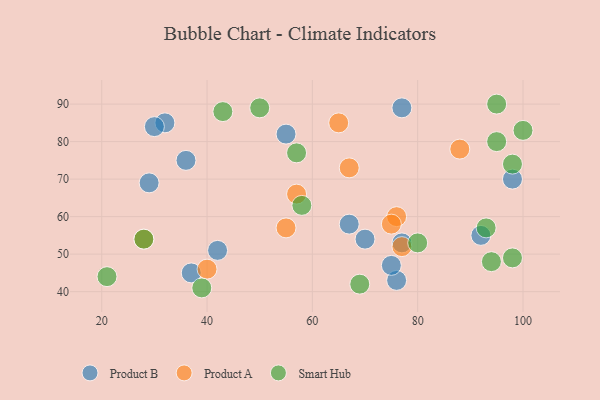
{"axis": {"x": "GDP", "y": "Life Expectancy"}, "legend": ["Product A", "Product B", "Smart Hub"], "data": [{"x": "37", "y": 45, "type": "Product B"}, {"x": "32", "y": 85, "type": "Product B"}, {"x": "67", "y": 58, "type": "Product B"}, {"x": "76", "y": 43, "type": "Product B"}, {"x": "98", "y": 70, "type": "Product B"}, {"x": "92", "y": 55, "type": "Product B"}, {"x": "77", "y": 89, "type": "Product B"}, {"x": "30", "y": 84, "type": "Product B"}, {"x": "75", "y": 47, "type": "Product B"}, {"x": "42", "y": 51, "type": "Product B"}, {"x": "70", "y": 54, "type": "Product B"}, {"x": "29", "y": 69, "type": "Product B"}, {"x": "36", "y": 75, "type": "Product B"}, {"x": "77", "y": 53, "type": "Product B"}, {"x": "55", "y": 82, "type": "Product B"}, {"x": "57", "y": 66, "type": "Product A"}, {"x": "65", "y": 85, "type": "Product A"}, {"x": "76", "y": 60, "type": "Product A"}, {"x": "67", "y": 73, "type": "Product A"}, {"x": "40", "y": 46, "type": "Product A"}, {"x": "55", "y": 57, "type": "Product A"}, {"x": "75", "y": 58, "type": "Product A"}, {"x": "77", "y": 52, "type": "Product A"}, {"x": "88", "y": 78, "type": "Product A"}, {"x": "28", "y": 54, "type": "Product A"}, {"x": "94", "y": 48, "type": "Smart Hub"}, {"x": "57", "y": 77, "type": "Smart Hub"}, {"x": "100", "y": 83, "type": "Smart Hub"}, {"x": "95", "y": 80, "type": "Smart Hub"}, {"x": "93", "y": 57, "type": "Smart Hub"}, {"x": "80", "y": 53, "type": "Smart Hub"}, {"x": "28", "y": 54, "type": "Smart Hub"}, {"x": "50", "y": 89, "type": "Smart Hub"}, {"x": "58", "y": 63, "type": "Smart Hub"}, {"x": "95", "y": 90, "type": "Smart Hub"}, {"x": "43", "y": 88, "type": "Smart Hub"}, {"x": "98", "y": 49, "type": "Smart Hub"}, {"x": "98", "y": 74, "type": "Smart Hub"}, {"x": "39", "y": 41, "type": "Smart Hub"}, {"x": "69", "y": 42, "type": "Smart Hub"}, {"x": "21", "y": 44, "type": "Smart Hub"}]}